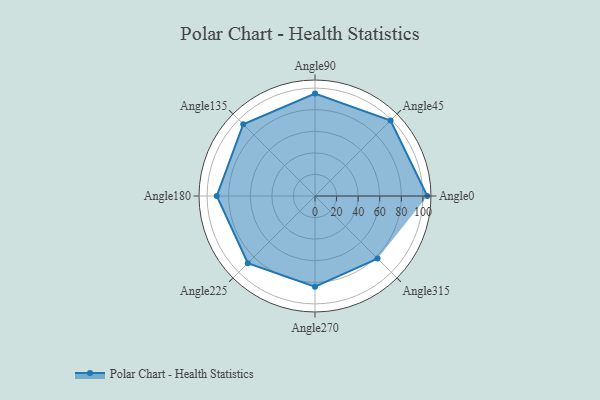
{"axis": {"x": "Angle", "y": "Radius"}, "legend": [""], "data": [{"x": "Angle0", "y": 104.0, "type": ""}, {"x": "Angle45", "y": 99.0, "type": ""}, {"x": "Angle90", "y": 95.0, "type": ""}, {"x": "Angle135", "y": 94.0, "type": ""}, {"x": "Angle180", "y": 91.0, "type": ""}, {"x": "Angle225", "y": 88.0, "type": ""}, {"x": "Angle270", "y": 84.0, "type": ""}, {"x": "Angle315", "y": 82.0, "type": ""}]}